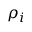
\rho _ { i }